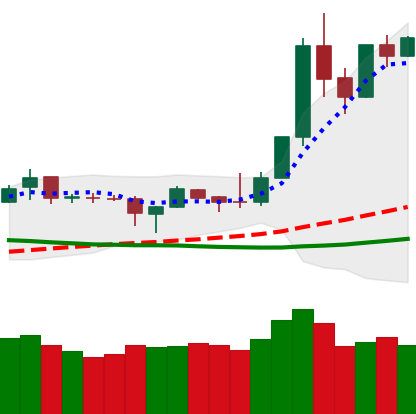
Ticker: XMR-USD
Chart end date: 2019-04-07
Forward return: -5.308%
Label: down_5_7